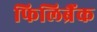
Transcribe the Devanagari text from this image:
फिलिब्रैंक